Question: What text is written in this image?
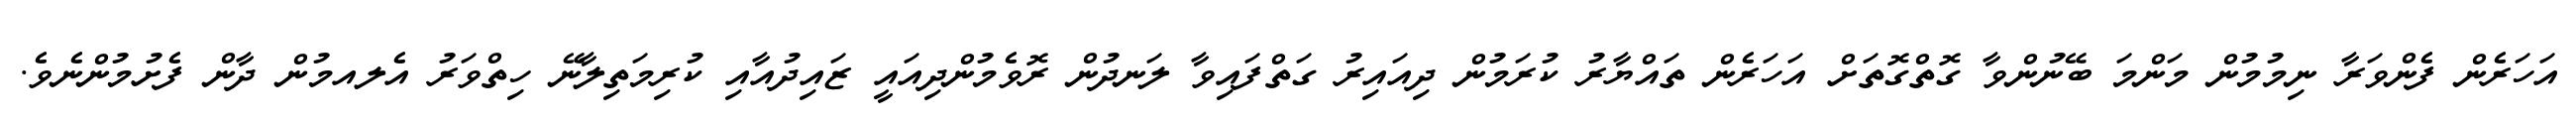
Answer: އަހަރެން ފެންވަރާ ނިމުމުން މަންމަ ބޭނުންވާ ގޮތްގޮތަށް އަހަރެން ތައްޔާރު ކުރަމުން ދިއައިރު ގަތްފައިވާ ލަނދުން ރޮވެމުންދިއައީ ޒައިދުއާއި ކުރިމަތިލާނޭ ހިތްވަރު އެލއމުން ދާން ފެށުމުންނެވެ.